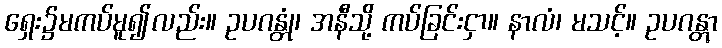
ရှေး၌မကပ်မူ၍လည်း။ ဥပဂန္တုံ၊ အနီသို့ ကပ်ခြင်းငှာ။ နာလံ၊ မသင့်။ ဥပဂန္တွာ